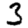
Digit: 3